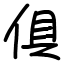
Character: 俱